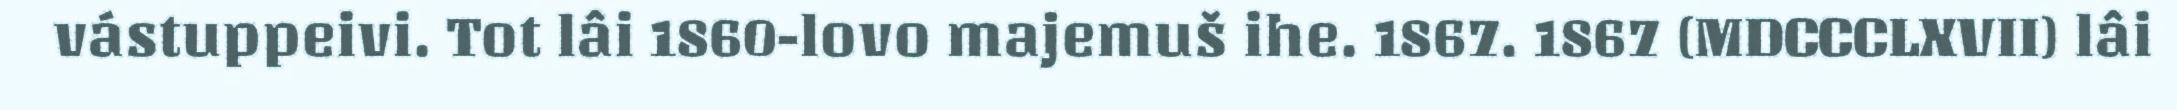
vástuppeivi. Tot lâi 1860-lovo majemuš ihe. 1867. 1867 (MDCCCLXVII) lâi